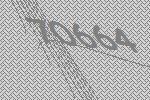
70664